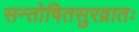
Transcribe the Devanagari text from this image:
सन्तोषितसुरव्रातः